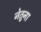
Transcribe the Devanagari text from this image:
नेतुना